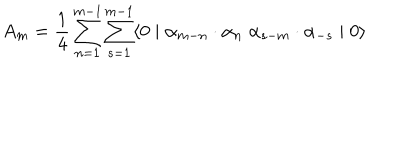
A _ { m } = \frac { 1 } { 4 } \sum _ { n = 1 } ^ { m - 1 } \sum _ { s = 1 } ^ { m - 1 } \langle 0 \mid { \alpha } _ { m - n } \cdot { \alpha } _ { n } \; { \alpha } _ { s - m } \cdot { \alpha } _ { - s } \mid 0 \rangle